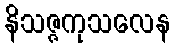
နိသဇ္ဇကုသလေန